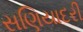
સણિયાદરી